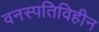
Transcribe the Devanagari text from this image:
वनस्पतिविहीन